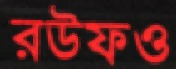
রউফও